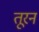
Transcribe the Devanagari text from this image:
तूरन